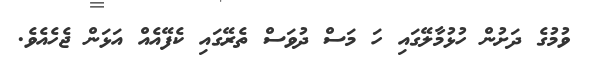
ވުމުގެ ދަށުން ހުޅުމާލޭގައި ހަ މަސް ދުވަސް ތެރޭގައި ކެފޭއެއް އަޅަން ޖެހެއެވެ.